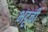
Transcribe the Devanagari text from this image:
भट्टची